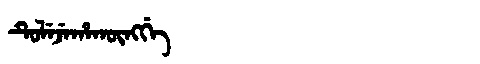
Manchu: ᡨᡠᠯᡝᠵᡝᡥᠠᡴᡡᠩᡤᡝ
Romanization: TULEJEHAKŪNGGE